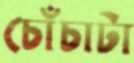
চোঁচাটা